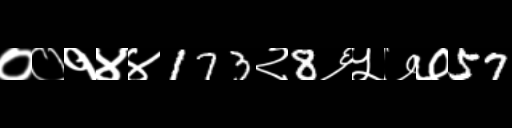
Text: ००१४४173२8६५७७57